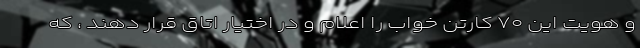
و هویت این ۷۰ کارتن خواب را اعلام و در اختیار اتاق قرار دهند ، که